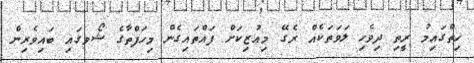
ހިތްގައިމު ރީތި ދިވެހި ލަވަތަކެއް ރެގޭ މިއުޒިކަށް ފައްތައިގެން މިހަފްތާގެ ޝޯވގައި ބައިވެރިން